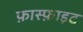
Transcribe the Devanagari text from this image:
फ़ास्फ़ाइट